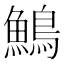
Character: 鷠